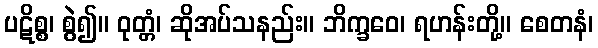
ပဋိစ္စ၊ စွဲ၍။ ဝုတ္တံ၊ ဆိုအပ်သနည်း။ ဘိက္ခဝေ၊ ရဟန်းတို့။ စေတနံ၊